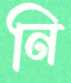
নি